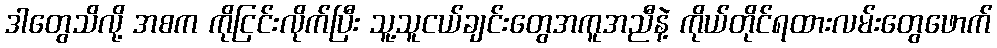
ဒါတွေသိလို့ အစက ကိုငြင်းလိုက်ပြီး သူ့သူငယ်ချင်းတွေအကူအညီနဲ့ ကိုယ်တိုင်ရထားလမ်းတွေဖောက်